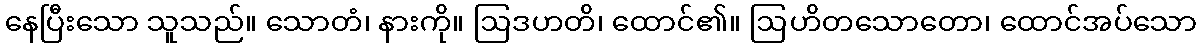
နေပြီးသော သူသည်။ သောတံ၊ နားကို။ ဩဒဟတိ၊ ထောင်၏။ ဩဟိတသောတော၊ ထောင်အပ်သော